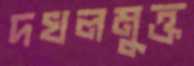
দখলমুক্ত